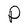
Character: P